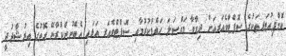
ކޮމްޕިއުޓަރތަކުގެ ސޮފްޓްވެއަރއަށް ދިމާވާ މައްސަލަ ހައްލުކުރުމާއި ސޮފްޓްވެއަރ އަޅައި އެބޭނުންކުރާނޭ ގޮތުގެ އިރުޝާދުދީ